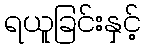
ရယူခြင်းနှင့်